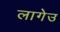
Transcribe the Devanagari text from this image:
लागेउ